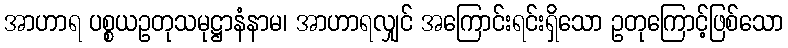
အာဟာရ ပစ္စယဥတုသမုဋ္ဌာနံနာမ၊ အာဟာရလျှင် အကြောင်းရင်းရှိသော ဥတုကြောင့်ဖြစ်သော